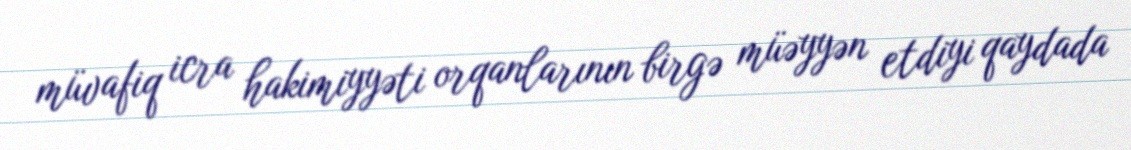
müvafiq icra hakimiyyəti orqanlarının birgə müəyyən etdiyi qaydada